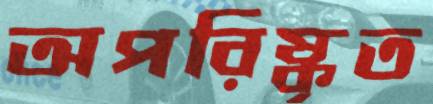
অপরিষ্কৃত